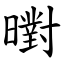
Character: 㬣